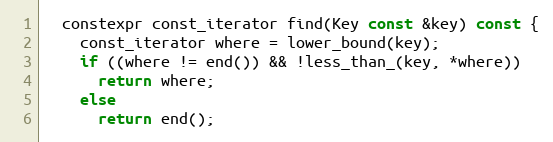
Language: C
  constexpr const_iterator find(Key const &key) const {
    const_iterator where = lower_bound(key);
    if ((where != end()) && !less_than_(key, *where))
      return where;
    else
      return end();